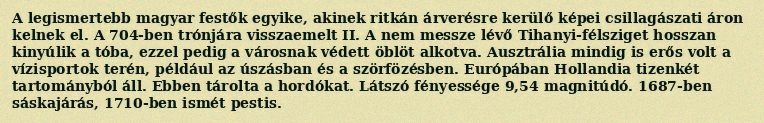
A legismertebb magyar festők egyike, akinek ritkán árverésre kerülő képei csillagászati áron kelnek el. A 704-ben trónjára visszaemelt II. A nem messze lévő Tihanyi-félsziget hosszan kinyúlik a tóba, ezzel pedig a városnak védett öblöt alkotva. Ausztrália mindig is erős volt a vízisportok terén, például az úszásban és a szörfözésben. Európában Hollandia tizenkét tartományból áll. Ebben tárolta a hordókat. Látszó fényessége 9,54 magnitúdó. 1687-ben sáskajárás, 1710-ben ismét pestis.